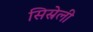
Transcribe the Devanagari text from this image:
सिस्रेली